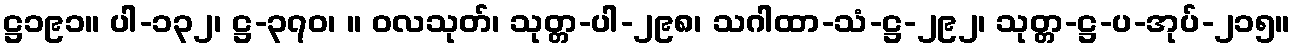
ဋ္ဌ၁၉၁။ ပါ-၁၃၂၊ ဋ္ဌ-၃၇၀၊ ။ ဝလသုတ်၊ သုတ္တ-ပါ-၂၉၈၊ သဂါထာ-သံ-ဋ္ဌ-၂၉၂၊ သုတ္တ-ဋ္ဌ-ပ-အုပ်-၂၁၅။